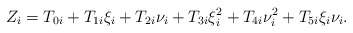
\begin{align*}Z_i &= T_{0i} + T_{1i}\xi_i + T_{2i}\nu_i + T_{3i} \xi_i^2 + T_{4i} \nu_i^2 + T_{5i} \xi_i \nu_i.\end{align*}